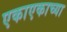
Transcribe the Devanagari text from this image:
एकाएकाच्या